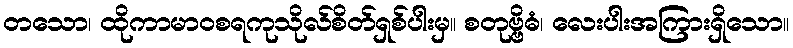
တသော၊ ထိုကာမာဝစရကုသိုလ်စိတ်ရှစ်ပါးမှ။ စတုဗ္ဗိဓံ၊ လေးပါးအကြားရှိသော။